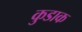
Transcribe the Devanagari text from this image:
कुडाक